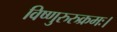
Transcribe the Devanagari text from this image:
विष्णुरुरुक्रमः।